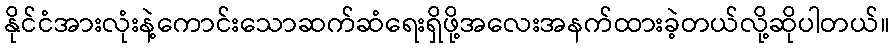
နိုင်ငံအားလုံးနဲ့ကောင်းသောဆက်ဆံရေးရှိဖို့အလေးအနက်ထားခဲ့တယ်လို့ဆိုပါတယ်။